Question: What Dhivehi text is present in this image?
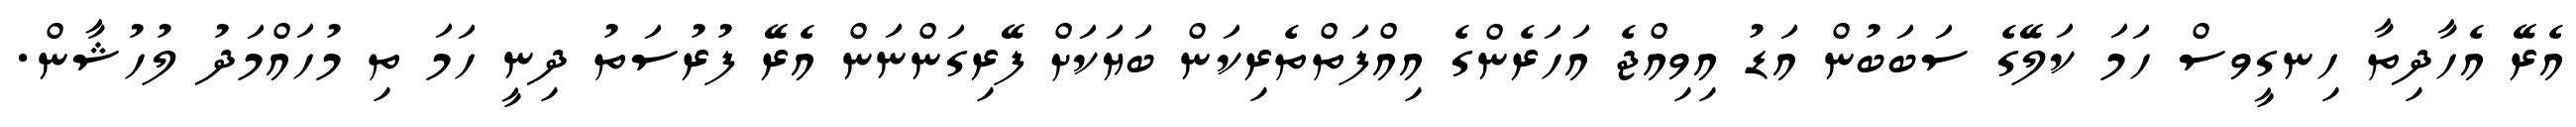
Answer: އެރޭ އެހާދިތާ ހިނގީވސް ހަމަ ކަލޭގެ ސަބަބުން އަޑު އިވިއްޖެ އަހަރެންގެ އިއްފަތްތެރިކަން ބަޔަކަށް ފޭރިގަންނަން އެރޭ ފުރުސަތު ދިނީ ހަމަ ތި މުހައްމަދު ލުހުޝާން.